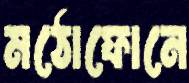
মঠোফোনে